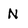
Character: n